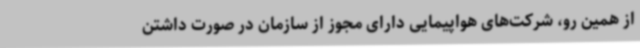
از همین رو، شرکت‌های هواپیمایی دارای مجوز از سازمان در صورت داشتن